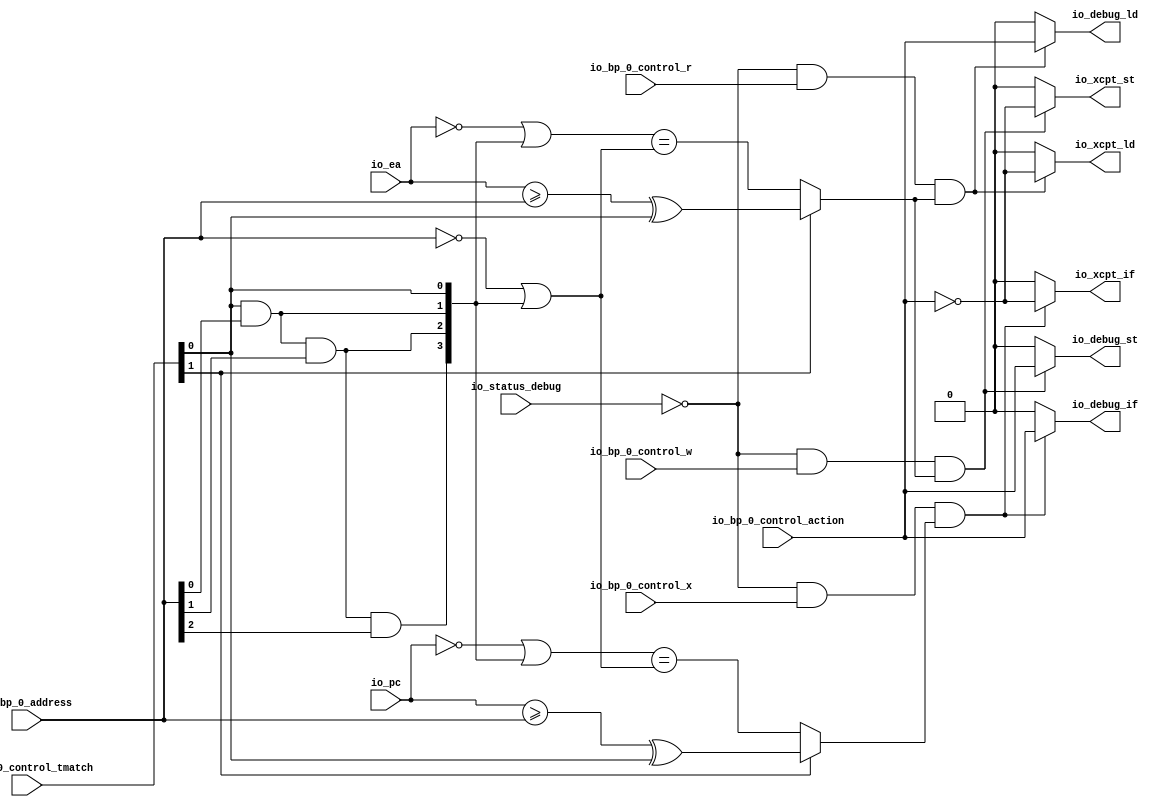
// This program was cloned from: https://github.com/NYU-MLDA/OpenABC
// License: BSD 3-Clause "New" or "Revised" License

module BreakpointUnit( // @[:freechips.rocketchip.system.TinyConfig.fir@123153.2]
  input         io_status_debug, // @[:freechips.rocketchip.system.TinyConfig.fir@123156.4]
  input         io_bp_0_control_action, // @[:freechips.rocketchip.system.TinyConfig.fir@123156.4]
  input  [1:0]  io_bp_0_control_tmatch, // @[:freechips.rocketchip.system.TinyConfig.fir@123156.4]
  input         io_bp_0_control_x, // @[:freechips.rocketchip.system.TinyConfig.fir@123156.4]
  input         io_bp_0_control_w, // @[:freechips.rocketchip.system.TinyConfig.fir@123156.4]
  input         io_bp_0_control_r, // @[:freechips.rocketchip.system.TinyConfig.fir@123156.4]
  input  [31:0] io_bp_0_address, // @[:freechips.rocketchip.system.TinyConfig.fir@123156.4]
  input  [31:0] io_pc, // @[:freechips.rocketchip.system.TinyConfig.fir@123156.4]
  input  [31:0] io_ea, // @[:freechips.rocketchip.system.TinyConfig.fir@123156.4]
  output        io_xcpt_if, // @[:freechips.rocketchip.system.TinyConfig.fir@123156.4]
  output        io_xcpt_ld, // @[:freechips.rocketchip.system.TinyConfig.fir@123156.4]
  output        io_xcpt_st, // @[:freechips.rocketchip.system.TinyConfig.fir@123156.4]
  output        io_debug_if, // @[:freechips.rocketchip.system.TinyConfig.fir@123156.4]
  output        io_debug_ld, // @[:freechips.rocketchip.system.TinyConfig.fir@123156.4]
  output        io_debug_st // @[:freechips.rocketchip.system.TinyConfig.fir@123156.4]
);
  wire  _T; // @[Breakpoint.scala 30:35:freechips.rocketchip.system.TinyConfig.fir@123167.4]
  wire  _T_7; // @[Breakpoint.scala 79:16:freechips.rocketchip.system.TinyConfig.fir@123174.4]
  wire  _T_8; // @[Breakpoint.scala 47:23:freechips.rocketchip.system.TinyConfig.fir@123175.4]
  wire  _T_9; // @[Breakpoint.scala 44:8:freechips.rocketchip.system.TinyConfig.fir@123176.4]
  wire  _T_10; // @[Breakpoint.scala 44:36:freechips.rocketchip.system.TinyConfig.fir@123177.4]
  wire  _T_11; // @[Breakpoint.scala 44:20:freechips.rocketchip.system.TinyConfig.fir@123178.4]
  wire [31:0] _T_12; // @[Breakpoint.scala 41:6:freechips.rocketchip.system.TinyConfig.fir@123179.4]
  wire  _T_14; // @[Breakpoint.scala 38:83:freechips.rocketchip.system.TinyConfig.fir@123181.4]
  wire  _T_15; // @[Breakpoint.scala 38:73:freechips.rocketchip.system.TinyConfig.fir@123182.4]
  wire  _T_16; // @[Breakpoint.scala 38:83:freechips.rocketchip.system.TinyConfig.fir@123183.4]
  wire  _T_17; // @[Breakpoint.scala 38:73:freechips.rocketchip.system.TinyConfig.fir@123184.4]
  wire  _T_18; // @[Breakpoint.scala 38:83:freechips.rocketchip.system.TinyConfig.fir@123185.4]
  wire  _T_19; // @[Breakpoint.scala 38:73:freechips.rocketchip.system.TinyConfig.fir@123186.4]
  wire [3:0] _T_22; // @[Cat.scala 30:58:freechips.rocketchip.system.TinyConfig.fir@123189.4]
  wire [31:0] _GEN_9; // @[Breakpoint.scala 41:9:freechips.rocketchip.system.TinyConfig.fir@123190.4]
  wire [31:0] _T_23; // @[Breakpoint.scala 41:9:freechips.rocketchip.system.TinyConfig.fir@123190.4]
  wire [31:0] _T_24; // @[Breakpoint.scala 41:24:freechips.rocketchip.system.TinyConfig.fir@123191.4]
  wire [31:0] _T_35; // @[Breakpoint.scala 41:33:freechips.rocketchip.system.TinyConfig.fir@123202.4]
  wire  _T_36; // @[Breakpoint.scala 41:19:freechips.rocketchip.system.TinyConfig.fir@123203.4]
  wire  _T_37; // @[Breakpoint.scala 47:8:freechips.rocketchip.system.TinyConfig.fir@123204.4]
  wire  _T_38; // @[Breakpoint.scala 79:32:freechips.rocketchip.system.TinyConfig.fir@123205.4]
  wire  _T_39; // @[Breakpoint.scala 80:16:freechips.rocketchip.system.TinyConfig.fir@123206.4]
  wire  _T_70; // @[Breakpoint.scala 80:32:freechips.rocketchip.system.TinyConfig.fir@123237.4]
  wire  _T_71; // @[Breakpoint.scala 81:16:freechips.rocketchip.system.TinyConfig.fir@123238.4]
  wire  _T_73; // @[Breakpoint.scala 44:8:freechips.rocketchip.system.TinyConfig.fir@123240.4]
  wire  _T_75; // @[Breakpoint.scala 44:20:freechips.rocketchip.system.TinyConfig.fir@123242.4]
  wire [31:0] _T_76; // @[Breakpoint.scala 41:6:freechips.rocketchip.system.TinyConfig.fir@123243.4]
  wire [31:0] _T_87; // @[Breakpoint.scala 41:9:freechips.rocketchip.system.TinyConfig.fir@123254.4]
  wire  _T_100; // @[Breakpoint.scala 41:19:freechips.rocketchip.system.TinyConfig.fir@123267.4]
  wire  _T_101; // @[Breakpoint.scala 47:8:freechips.rocketchip.system.TinyConfig.fir@123268.4]
  wire  _T_102; // @[Breakpoint.scala 81:32:freechips.rocketchip.system.TinyConfig.fir@123269.4]
  wire  _T_106; // @[Breakpoint.scala 88:51:freechips.rocketchip.system.TinyConfig.fir@123276.6]
  assign _T = io_status_debug == 1'h0; // @[Breakpoint.scala 30:35:freechips.rocketchip.system.TinyConfig.fir@123167.4]
  assign _T_7 = _T & io_bp_0_control_r; // @[Breakpoint.scala 79:16:freechips.rocketchip.system.TinyConfig.fir@123174.4]
  assign _T_8 = io_bp_0_control_tmatch[1]; // @[Breakpoint.scala 47:23:freechips.rocketchip.system.TinyConfig.fir@123175.4]
  assign _T_9 = io_ea >= io_bp_0_address; // @[Breakpoint.scala 44:8:freechips.rocketchip.system.TinyConfig.fir@123176.4]
  assign _T_10 = io_bp_0_control_tmatch[0]; // @[Breakpoint.scala 44:36:freechips.rocketchip.system.TinyConfig.fir@123177.4]
  assign _T_11 = _T_9 ^ _T_10; // @[Breakpoint.scala 44:20:freechips.rocketchip.system.TinyConfig.fir@123178.4]
  assign _T_12 = ~ io_ea; // @[Breakpoint.scala 41:6:freechips.rocketchip.system.TinyConfig.fir@123179.4]
  assign _T_14 = io_bp_0_address[0]; // @[Breakpoint.scala 38:83:freechips.rocketchip.system.TinyConfig.fir@123181.4]
  assign _T_15 = _T_10 & _T_14; // @[Breakpoint.scala 38:73:freechips.rocketchip.system.TinyConfig.fir@123182.4]
  assign _T_16 = io_bp_0_address[1]; // @[Breakpoint.scala 38:83:freechips.rocketchip.system.TinyConfig.fir@123183.4]
  assign _T_17 = _T_15 & _T_16; // @[Breakpoint.scala 38:73:freechips.rocketchip.system.TinyConfig.fir@123184.4]
  assign _T_18 = io_bp_0_address[2]; // @[Breakpoint.scala 38:83:freechips.rocketchip.system.TinyConfig.fir@123185.4]
  assign _T_19 = _T_17 & _T_18; // @[Breakpoint.scala 38:73:freechips.rocketchip.system.TinyConfig.fir@123186.4]
  assign _T_22 = {_T_19,_T_17,_T_15,_T_10}; // @[Cat.scala 30:58:freechips.rocketchip.system.TinyConfig.fir@123189.4]
  assign _GEN_9 = {{28'd0}, _T_22}; // @[Breakpoint.scala 41:9:freechips.rocketchip.system.TinyConfig.fir@123190.4]
  assign _T_23 = _T_12 | _GEN_9; // @[Breakpoint.scala 41:9:freechips.rocketchip.system.TinyConfig.fir@123190.4]
  assign _T_24 = ~ io_bp_0_address; // @[Breakpoint.scala 41:24:freechips.rocketchip.system.TinyConfig.fir@123191.4]
  assign _T_35 = _T_24 | _GEN_9; // @[Breakpoint.scala 41:33:freechips.rocketchip.system.TinyConfig.fir@123202.4]
  assign _T_36 = _T_23 == _T_35; // @[Breakpoint.scala 41:19:freechips.rocketchip.system.TinyConfig.fir@123203.4]
  assign _T_37 = _T_8 ? _T_11 : _T_36; // @[Breakpoint.scala 47:8:freechips.rocketchip.system.TinyConfig.fir@123204.4]
  assign _T_38 = _T_7 & _T_37; // @[Breakpoint.scala 79:32:freechips.rocketchip.system.TinyConfig.fir@123205.4]
  assign _T_39 = _T & io_bp_0_control_w; // @[Breakpoint.scala 80:16:freechips.rocketchip.system.TinyConfig.fir@123206.4]
  assign _T_70 = _T_39 & _T_37; // @[Breakpoint.scala 80:32:freechips.rocketchip.system.TinyConfig.fir@123237.4]
  assign _T_71 = _T & io_bp_0_control_x; // @[Breakpoint.scala 81:16:freechips.rocketchip.system.TinyConfig.fir@123238.4]
  assign _T_73 = io_pc >= io_bp_0_address; // @[Breakpoint.scala 44:8:freechips.rocketchip.system.TinyConfig.fir@123240.4]
  assign _T_75 = _T_73 ^ _T_10; // @[Breakpoint.scala 44:20:freechips.rocketchip.system.TinyConfig.fir@123242.4]
  assign _T_76 = ~ io_pc; // @[Breakpoint.scala 41:6:freechips.rocketchip.system.TinyConfig.fir@123243.4]
  assign _T_87 = _T_76 | _GEN_9; // @[Breakpoint.scala 41:9:freechips.rocketchip.system.TinyConfig.fir@123254.4]
  assign _T_100 = _T_87 == _T_35; // @[Breakpoint.scala 41:19:freechips.rocketchip.system.TinyConfig.fir@123267.4]
  assign _T_101 = _T_8 ? _T_75 : _T_100; // @[Breakpoint.scala 47:8:freechips.rocketchip.system.TinyConfig.fir@123268.4]
  assign _T_102 = _T_71 & _T_101; // @[Breakpoint.scala 81:32:freechips.rocketchip.system.TinyConfig.fir@123269.4]
  assign _T_106 = io_bp_0_control_action == 1'h0; // @[Breakpoint.scala 88:51:freechips.rocketchip.system.TinyConfig.fir@123276.6]
  assign io_xcpt_if = _T_102 ? _T_106 : 1'h0; // @[Breakpoint.scala 70:14:freechips.rocketchip.system.TinyConfig.fir@123161.4 Breakpoint.scala 90:40:freechips.rocketchip.system.TinyConfig.fir@123295.6]
  assign io_xcpt_ld = _T_38 ? _T_106 : 1'h0; // @[Breakpoint.scala 71:14:freechips.rocketchip.system.TinyConfig.fir@123162.4 Breakpoint.scala 88:40:freechips.rocketchip.system.TinyConfig.fir@123277.6]
  assign io_xcpt_st = _T_70 ? _T_106 : 1'h0; // @[Breakpoint.scala 72:14:freechips.rocketchip.system.TinyConfig.fir@123163.4 Breakpoint.scala 89:40:freechips.rocketchip.system.TinyConfig.fir@123286.6]
  assign io_debug_if = _T_102 ? io_bp_0_control_action : 1'h0; // @[Breakpoint.scala 73:15:freechips.rocketchip.system.TinyConfig.fir@123164.4 Breakpoint.scala 90:73:freechips.rocketchip.system.TinyConfig.fir@123297.6]
  assign io_debug_ld = _T_38 ? io_bp_0_control_action : 1'h0; // @[Breakpoint.scala 74:15:freechips.rocketchip.system.TinyConfig.fir@123165.4 Breakpoint.scala 88:73:freechips.rocketchip.system.TinyConfig.fir@123279.6]
  assign io_debug_st = _T_70 ? io_bp_0_control_action : 1'h0; // @[Breakpoint.scala 75:15:freechips.rocketchip.system.TinyConfig.fir@123166.4 Breakpoint.scala 89:73:freechips.rocketchip.system.TinyConfig.fir@123288.6]
endmodule